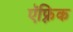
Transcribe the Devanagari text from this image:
ऍफ़्रिक